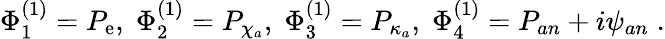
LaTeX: \Phi_{1}^{(1)}=P_{\mathrm{e}},\; \Phi_{2}^{(1)}=P_{\chi_{a}},\; \Phi_{3}^{(1)}=P_{\kappa_{a}},\; \Phi_{4}^{(1)}=P_{an}+i\psi_{an}\; .